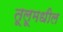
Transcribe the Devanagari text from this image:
तूलूमधील